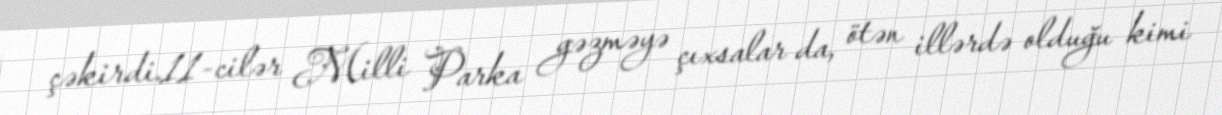
çəkirdi.11-cilər Milli Parka gəzməyə çıxsalar da, ötən illərdə olduğu kimi